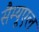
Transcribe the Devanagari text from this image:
सैम्यूएल